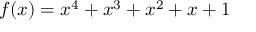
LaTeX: f ( x ) = x ^ { 4 } + x ^ { 3 } + x ^ { 2 } + x + 1